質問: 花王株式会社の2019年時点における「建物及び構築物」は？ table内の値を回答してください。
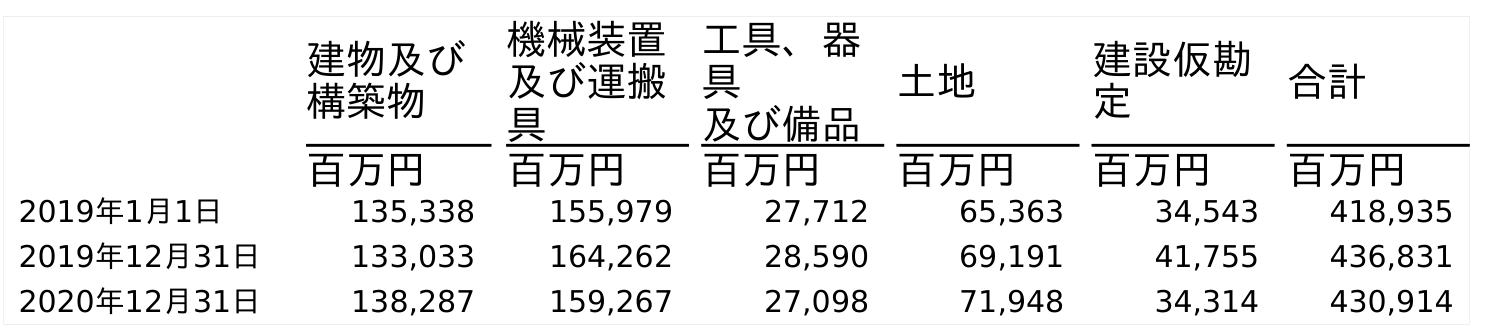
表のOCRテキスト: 建物及び 構築物 機械装置 及び運搬 具 工具、器 具 及び備品 土地 建設仮勘 定 合計 百万円 百万円 百万円 百万円 百万円 百万円 2019年1月1日 135,338 155,979 27,712 65,363 34,543 418,935 2019年12月31日 133,033 164,262 28,590 69,191 41,755 436,831 2020年12月31日 138,287 159,267 27,098 71,948 34,314 430,914
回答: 133,033